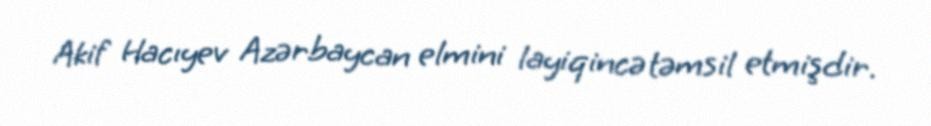
Akif Hacıyev Azərbaycan elmini layiqincə təmsil etmişdir.